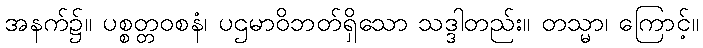
အနက်၌။ ပစ္စတ္တဝစနံ၊ ပဌမာဝိဘတ်ရှိသော သဒ္ဒါတည်း။ တသ္မာ၊ ကြောင့်။